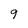
Character: 9